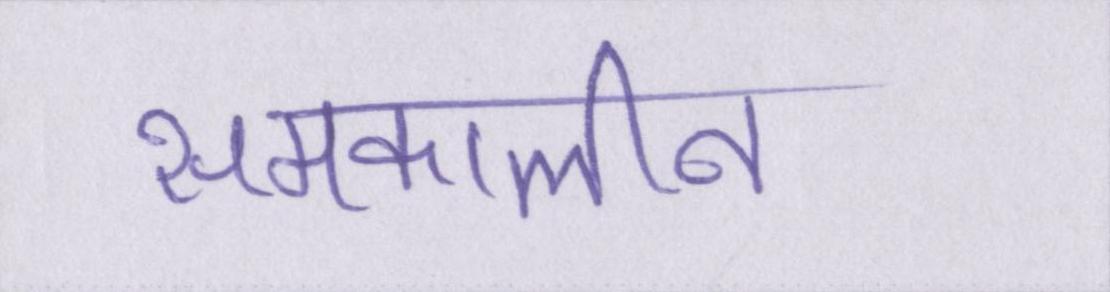
समकालीन